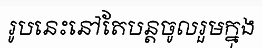
រូបនេះនៅតែបន្តចូលរួមក្នុង